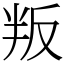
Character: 叛